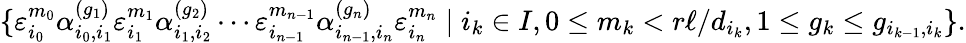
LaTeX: \{ \varepsilon_{i_{0}}^{m_{0}}\alpha_{i_{0},i_{1}}^{(g_{1})}\varepsilon_{i_{1}}^{m_{1}}\alpha_{i_{1},i_{2}}^{(g_{2})}\cdots\varepsilon_{i_{n-1}}^{m_{n-1}}\alpha_{i_{n-1},i_{n}}^{(g_{n})}\varepsilon_{i_{n}}^{m_{n}}\mid i_{k}\in I,0\le m_{k}<r\ell/d_{i_{k}},1\le g_{k}\le g_{i_{k-1},i_{k}}\} .